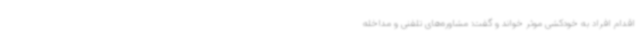
اقدام افراد به خودکشی موثر خواند و گفت: مشاوره‌های تلفنی و مداخله